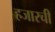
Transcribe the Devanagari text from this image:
हजारची